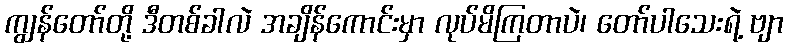
ကျွန်တော်တို့ ဒီတစ်ခါလဲ အချိန်ကောင်းမှာ လုပ်မိကြတာပဲ၊ တော်ပါသေးရဲ့ ဗျာ